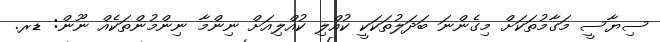
ސިޔާސީ މަގާމުތަކަށް މިގެންނަ ބަދަލުތަކަކީ ކުއްލި ކުއްލިއަށް ނިންމާ ނިންމުންތަކެއް ނޫން: ޑރ.